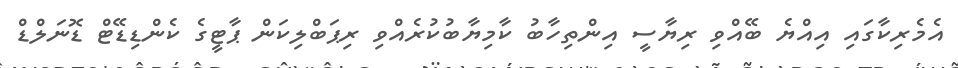
އެމެރިކާގައި އިއްޔެ ބޭއްވި ރިޔާސީ އިންތިހާބު ކާމިޔާބުކުރެއްވި ރިޕަބްލިކަން ޕާޓީގެ ކެންޑިޑޭޓް ޑޮނަލްޑް